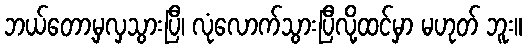
ဘယ်တော့မှလှသွားပြီ၊ လုံလောက်သွားပြီလို့ထင်မှာ မဟုတ် ဘူး။